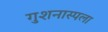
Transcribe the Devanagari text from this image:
गुशनास्पला